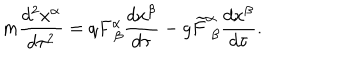
m \frac { d ^ { 2 } x ^ { \alpha } } { d \tau ^ { 2 } } = q F _ { ~ \beta } ^ { \alpha } \frac { d x ^ { \beta } } { d \tau } - g \widetilde { F } _ { ~ \beta } ^ { \alpha } \frac { d x ^ { \beta } } { d \tau } .